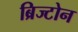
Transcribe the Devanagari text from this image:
ब्रिज्टोन